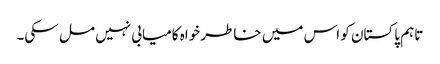
تاہم پاکستان کو اس میں خاطر خواہ کامیابی نہیں مل سکی۔